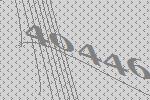
40446